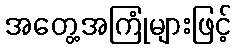
အတွေ့အကြုံများဖြင့်